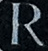
R